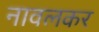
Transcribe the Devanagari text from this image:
नावलकर